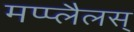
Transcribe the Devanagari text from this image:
मप्प्लैलस्